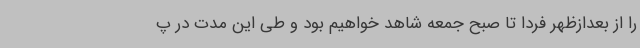
را از بعدازظهر فردا تا صبح جمعه شاهد خواهیم بود و طی این مدت در پ